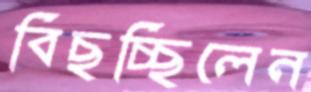
বিছচ্ছিলেন